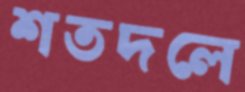
শতদলে